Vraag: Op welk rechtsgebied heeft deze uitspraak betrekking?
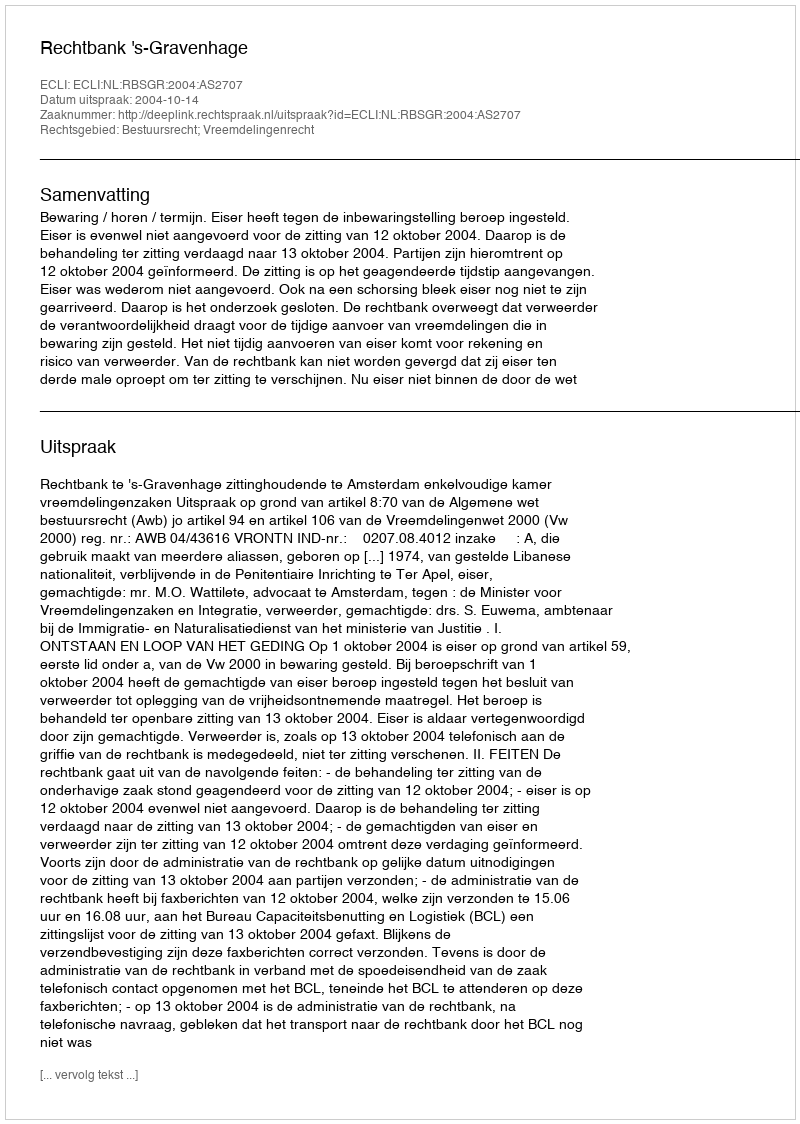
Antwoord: Bestuursrecht; Vreemdelingenrecht